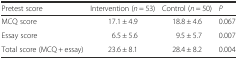
<table><thead><tr><td><b>Pretest score</b></td><td><b>Intervention (<i>n</i> = 53)</b></td><td><b>Control (<i>n</i> = 50)</b></td><td><b><i>P</i></b></td></tr></thead><tbody><tr><td>MCQ score</td><td>17.1 ± 4.9</td><td>18.8 ± 4.6</td><td>0.067</td></tr><tr><td>Essay score</td><td>6.5 ± 5.6</td><td>9.5 ± 5.7</td><td>0.007</td></tr><tr><td>Total score (MCQ + essay)</td><td>23.6 ± 8.1</td><td>28.4 ± 8.2</td><td>0.004</td></tr></tbody></table>